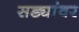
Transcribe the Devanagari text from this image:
सड्यांवर